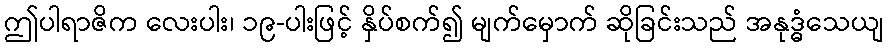
ဤပါရာဇိက လေးပါး၊ ၁၉-ပါးဖြင့် နှိပ်စက်၍ မျက်မှောက် ဆိုခြင်းသည် အနုဒ္ဓံသေယျ